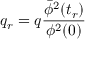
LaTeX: q _ { r } = q \frac { { \bar { \phi } } ^ { 2 } ( t _ { r } ) } { \phi ^ { 2 } ( 0 ) }